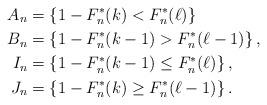
LaTeX: \begin{align*}A_n &= \left\{1 - F_n^\ast(k) < F_n^\ast(\ell)\right\} \\ B_n &= \left\{1 - F_n^\ast(k - 1) > F_n^\ast(\ell - 1)\right\}, \\ I_n &= \left\{1 - F_n^\ast(k - 1) \le F_n^\ast(\ell)\right\}, \\ J_n &= \left\{1 - F_n^\ast(k) \ge F_n^\ast(\ell - 1)\right\}.\end{align*}